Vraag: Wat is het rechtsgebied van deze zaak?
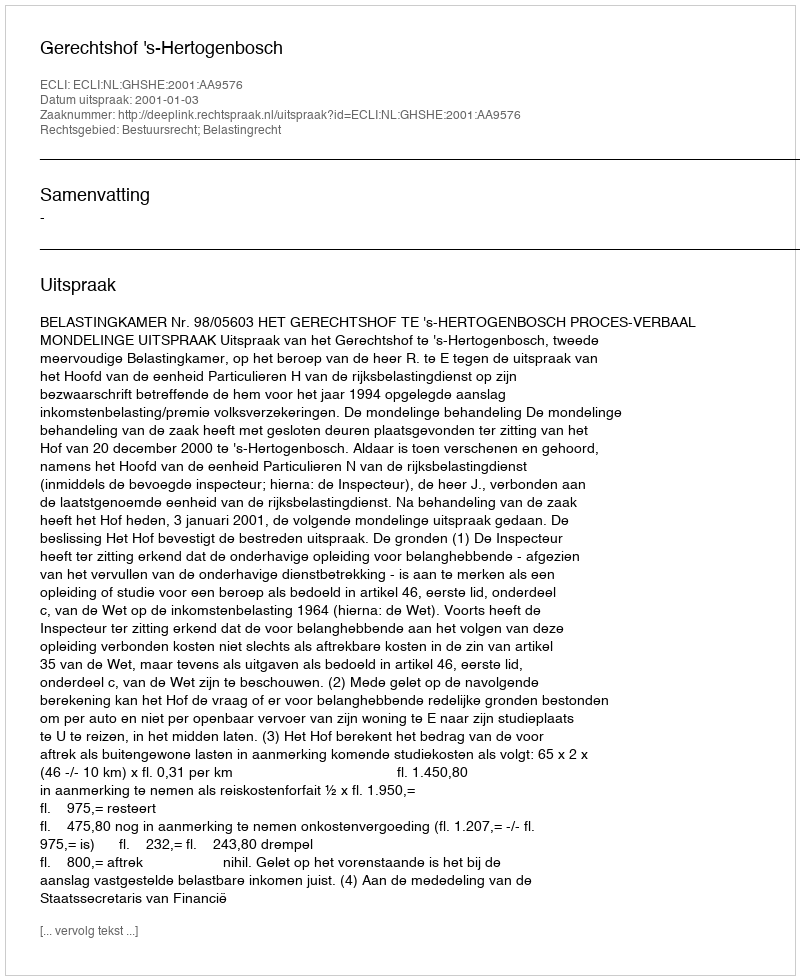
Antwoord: Bestuursrecht; Belastingrecht